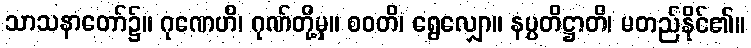
သာသနာတော်၌။ ဂုဏေဟိ၊ ဂုဏ်တို့မှ။ စဝတိ၊ ရွေလျှော။ နပ္ပတိဋ္ဌာတိ၊ မတည်နိုင်၏။